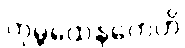
ကုမ္ဘထေနကေဟိ